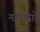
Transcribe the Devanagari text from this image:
नावांद्वारे